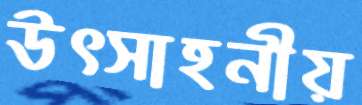
উৎসাহনীয়